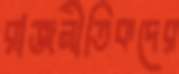
রাজনীতিকদের